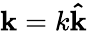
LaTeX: \mathbf{k}=k\mathbf{\hat{k}}